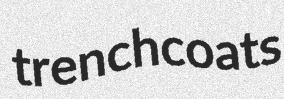
trenchcoats